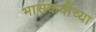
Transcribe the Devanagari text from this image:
भासकवीच्या